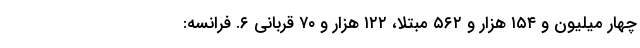
چهار میلیون و ۱۵۴ هزار و ۵۶۲ مبتلا، ۱۲۲ هزار و ۷۰ قربانی ۶. فرانسه: